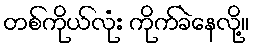
တစ်ကိုယ်လုံး ကိုက်ခဲနေလို့။